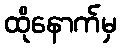
ထိုနောက်မှ